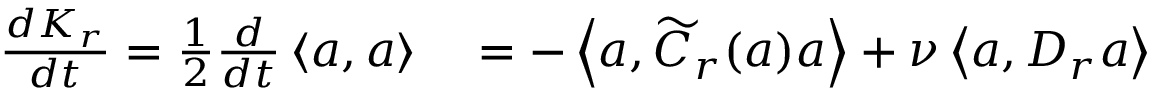
\begin{array} { r l } { \frac { d K _ { r } } { d t } = \frac { 1 } { 2 } \frac { d } { d t } \left< \boldsymbol { a } , \boldsymbol { a } \right> } & { { } = - \left< \boldsymbol { a } , \widetilde { C } _ { r } ( \boldsymbol { a } ) \boldsymbol { a } \right> + \nu \left< \boldsymbol { a } , D _ { r } \boldsymbol { a } \right> } \end{array}